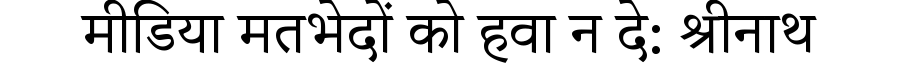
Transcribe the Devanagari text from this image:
मीडिया मतभेदों को हवा न दे: श्रीनाथ